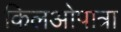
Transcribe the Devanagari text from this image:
किलओपात्रा